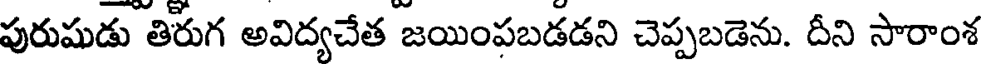
పురుషుడు తిరుగ అవిద్యచేత జయింపబడడని చెప్పబడెను. దీని సారాంశ